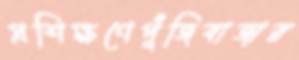
প্রশিক্ষণেপুঁজিবাজার